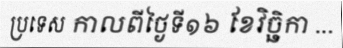
ប្រទេស កាលពីថ្ងៃទី១៦ ខែវិច្ឆិកា ...